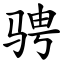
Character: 骋